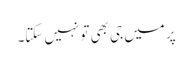
پر میں جی بھی تو نہیں سکتا۔